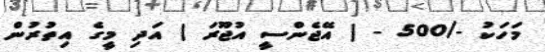
މަހަކު -/500 - ( އޭޖެންސީ އުޖޫރަ ) އަދި މީގެ އިތުރުން